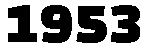
1953